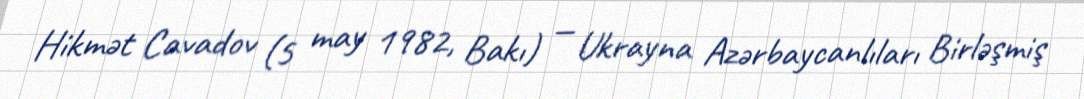
Hikmət Cavadov (5 may 1982, Bakı) — Ukrayna Azərbaycanlıları Birləşmiş